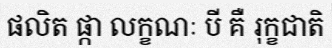
ផលិត ផ្កា លក្ខណៈ បី គឺ រុក្ខជាតិ